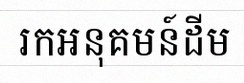
រកអនុគមន៍ដើម